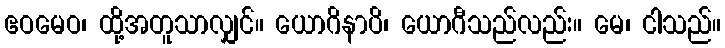
ဧဝမေဝ၊ ထို့အတူသာလျှင်။ ယောဂိနာပိ၊ ယောဂီသည်လည်း။ မေ၊ ငါသည်။